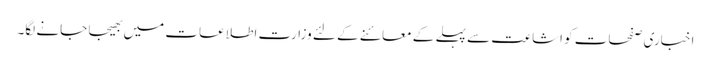
اخباری صفحات کو اشاعت سے پہلے کے معائنے کے لئے وزارت اطلاعات میں بھیجا جانے لگا۔